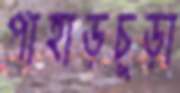
পাহাড়চূড়া